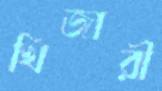
খিজারী